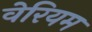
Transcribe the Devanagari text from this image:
वेरियम